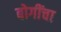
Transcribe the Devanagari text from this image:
बोगींचा